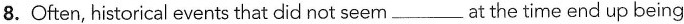
8.Often, historical events that did not seem___at the time end up being